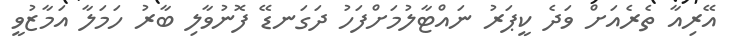
އޭރިއާ ތެރެއަށް ވަދެ ކީޕަރު ނައްޓާލުމަށްފަހު ދަގަނޑޭ ފޮނުވާލި ބާރު ހަމަލާ އަމާޒުވީ